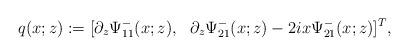
LaTeX: \begin{align*}q(x;z):= [ \partial_z \Psi^-_{11} (x;z), \ \ \partial_z \Psi^-_{21}(x;z)-2 i x \Psi^-_{21}(x;z)]^T,\end{align*}